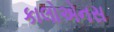
કાલોએનસ